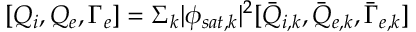
[ Q _ { i } , Q _ { e } , \Gamma _ { e } ] = \Sigma _ { k } | \phi _ { s a t , k } | ^ { 2 } [ \bar { Q } _ { i , k } , \bar { Q } _ { e , k } , \bar { \Gamma } _ { e , k } ]